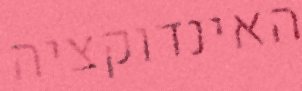
האינדוקציה